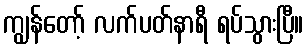
ကျွန်တော့် လက်ပတ်နာရီ ရပ်သွားပြီ။